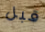
قبل